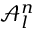
\mathcal { A } _ { l } ^ { n }